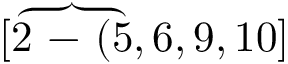
[ \overbrace { 2 \mathrm { ~ - ~ } ( 5 } , 6 , 9 , 1 0 ]